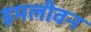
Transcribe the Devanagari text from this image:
इमलीवन